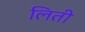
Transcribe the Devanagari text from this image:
लिती